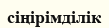
сіңірімділік